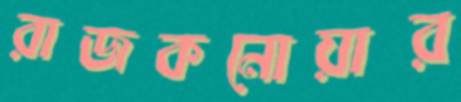
রাজকনোয়ার